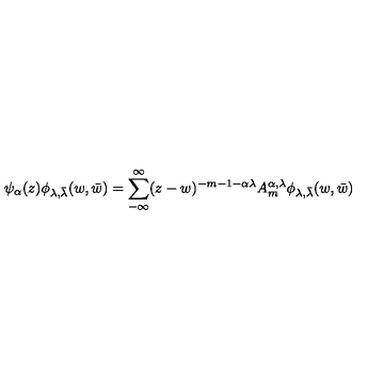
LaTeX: \psi _ { \alpha } ( z ) \phi _ { \lambda , \bar { \lambda } } ( w , \bar { w } ) = \sum _ { - \infty } ^ { \infty } ( z - w ) ^ { - m - 1 - \alpha \lambda } A _ { m } ^ { \alpha , \lambda } \phi _ { \lambda , \bar { \lambda } } ( w , \bar { w } )